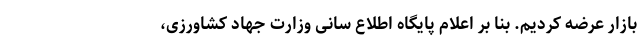
بازار عرضه کردیم. بنا بر اعلام پایگاه اطلاع سانی وزارت جهاد کشاورزی،